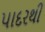
પાદરથી